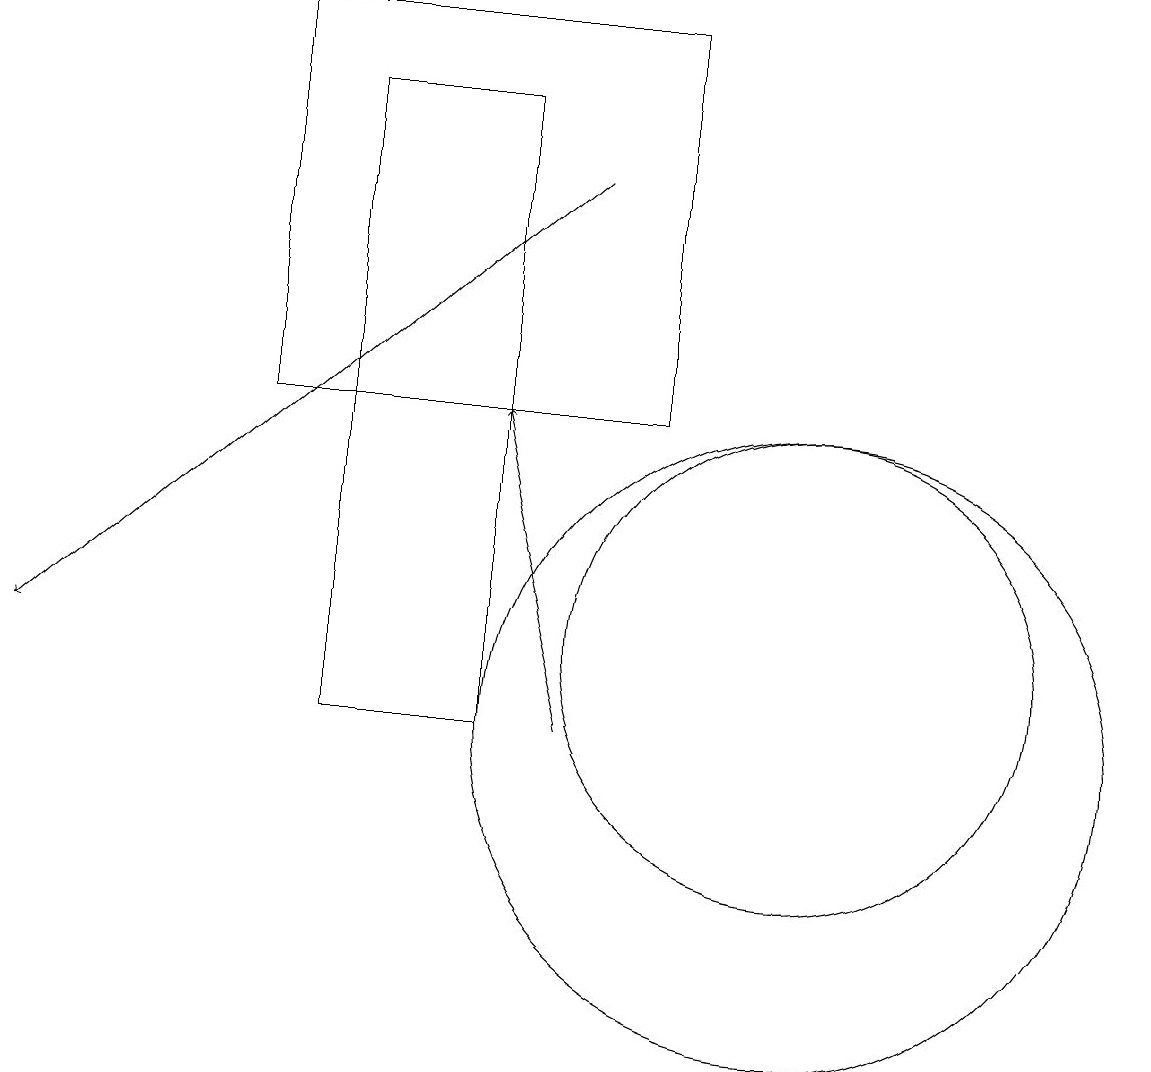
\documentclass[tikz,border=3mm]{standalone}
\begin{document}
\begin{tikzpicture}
\draw (4,10) rectangle (6,18);
\draw[->] (7,17) -- (0,11);
\draw[->] (7,10) -- (6,14);
\draw (10,10) circle (4);
\draw (3,19) rectangle (8,14);
\draw (10,11) circle (3);
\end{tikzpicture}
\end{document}